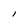
Character: l